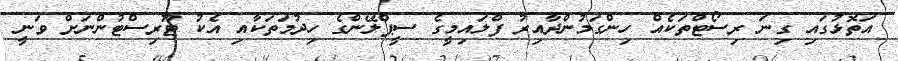
އަތޮޅުގައި ގިނަ ރިސޯޓްތަކެއް ހިންގަމުންދާއިރު ފްލައިމީގެ ސީޕްލޭންގެ ހިދުމަތަކާއި އެކު ޓޫރިސްޓުންނަށް ވަނީ